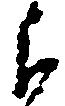
郎